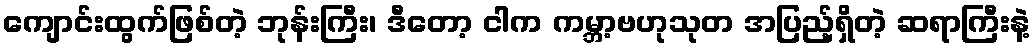
ကျောင်းထွက်ဖြစ်တဲ့ ဘုန်းကြီး၊ ဒီတော့ ငါက ကမ္ဘာ့ဗဟုသုတ အပြည့်ရှိတဲ့ ဆရာကြီးနဲ့